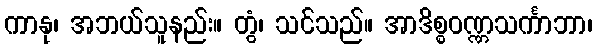
ကာနု၊ အဘယ်သူနည်း။ တွံ၊ သင်သည်။ အာဒိစ္စဝဏ္ဏသင်္ကာဘာ၊